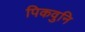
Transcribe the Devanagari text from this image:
पिकवुनि